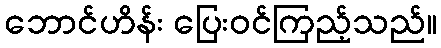
ဘောင်ဟိန်း ပြေးဝင်ကြည့်သည်။